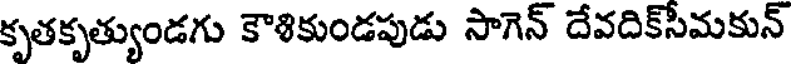
కృతకృత్యుండగు కౌశికుండపుడు సాగెన్ దేవదిక్సీమకున్